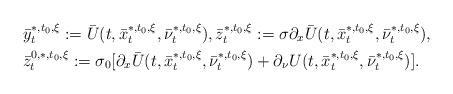
LaTeX: \begin{align*}\begin{aligned}&\bar y_t^{*,t_0,\xi}:=\bar U(t,\bar x_t^{*,t_0,\xi}, \bar \nu_t^{*,t_0,\xi}),\bar z_t^{*,t_0,\xi}:=\sigma\partial_x\bar U(t,\bar x_t^{*,t_0,\xi},\bar \nu_t^{*,t_0,\xi}),\\& \bar z_t^{0,*,t_0,\xi}:=\sigma_0[\partial_x\bar U(t,\bar x_t^{*,t_0,\xi},\bar\nu_t^{*,t_0,\xi})+\partial_\nu U(t,\bar x_t^{*,t_0,\xi},\bar\nu_t^{*,t_0,\xi})]. \end{aligned}\end{align*}